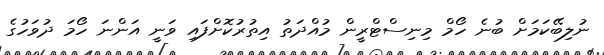
ނުލިބޭކަމަށް ބުނެ ހޯމް މިނިސްޓްރީން މުއްދަތު އިތުރުކޮށްފައި ވަނީ އަންނަ ހޯމަ ދުވަހުގެ